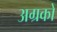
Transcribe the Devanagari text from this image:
अग्रकों